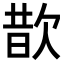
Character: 𪴮